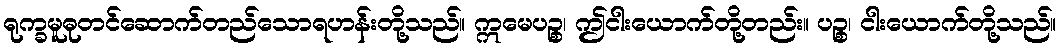
ရုက္ခမူဓုတင်ဆောက်တည်သောရဟန်းတို့သည်။ ဣမေပဉ္စ၊ ဤငါးယောက်တို့တည်း။ ပဉ္စ၊ ငါးယောက်တို့သည်။